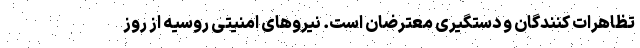
تظاهرات کنندگان و دستگیری معترضان است. نیروهای امنیتی روسیه از روز